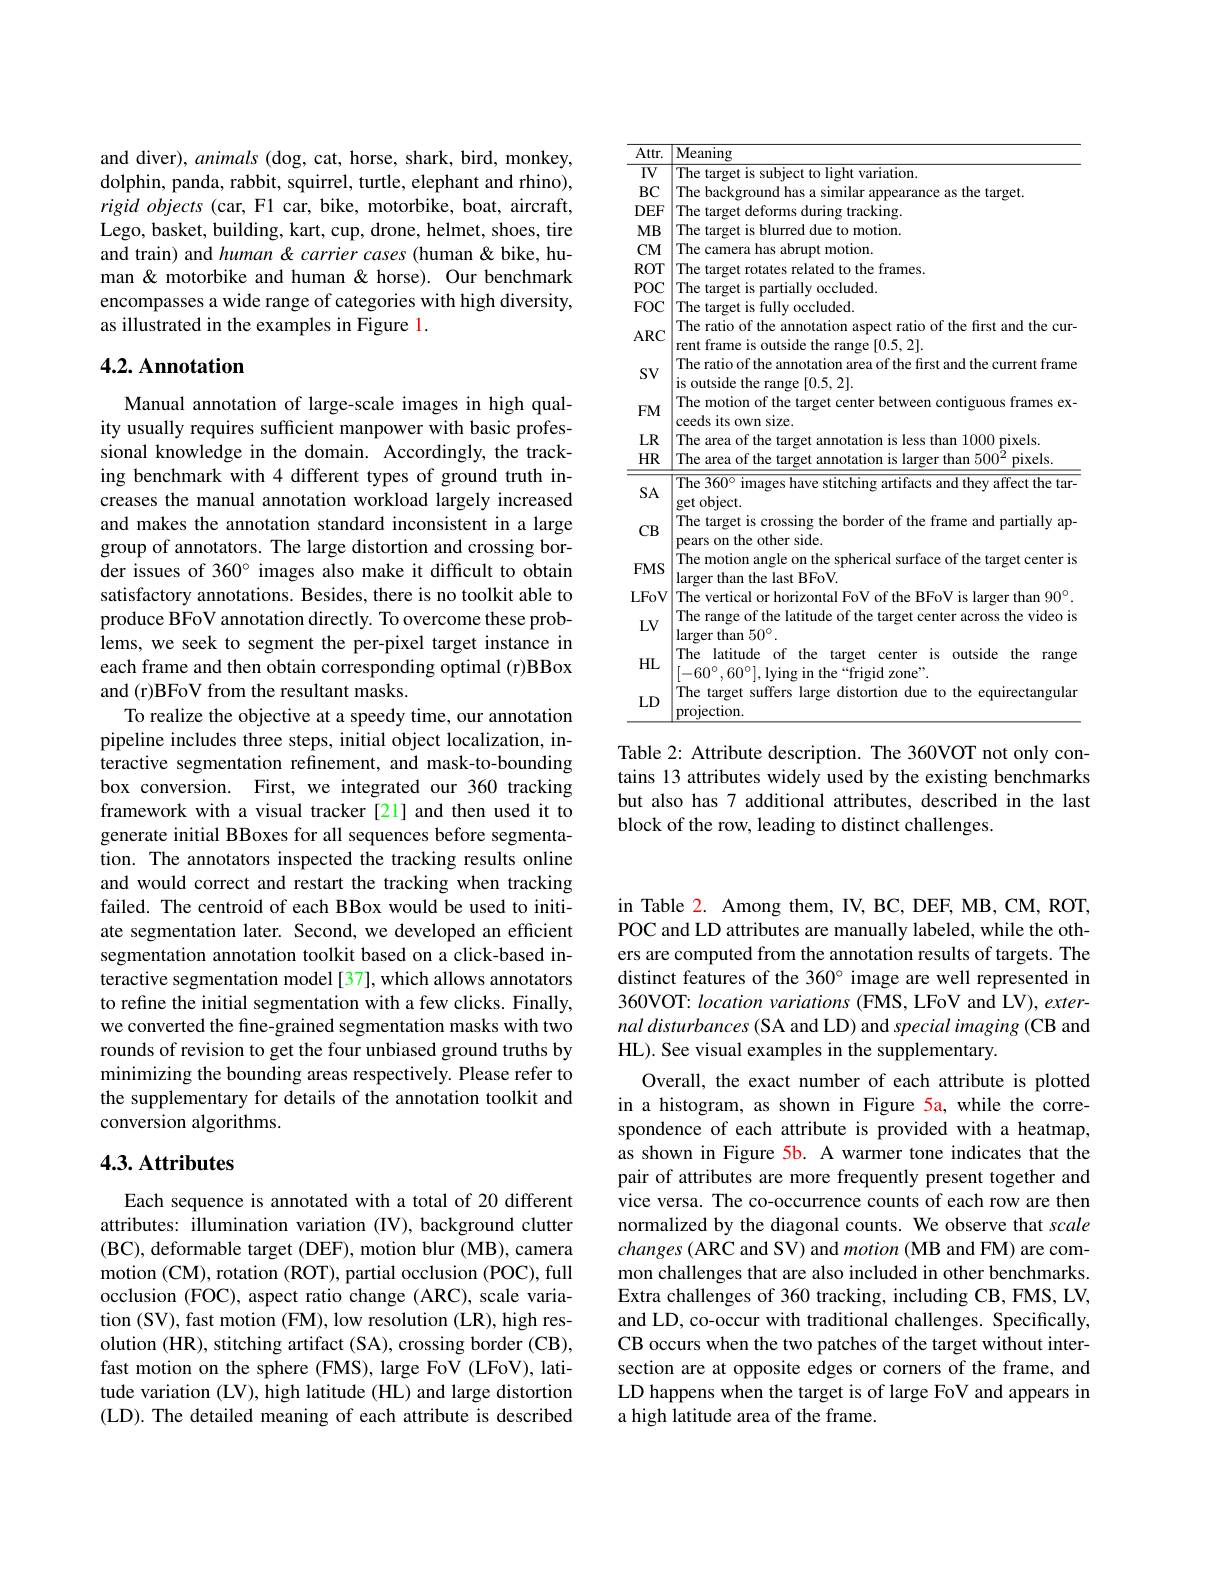
and diver), animals (dog, cat, horse, shark, bird, monkey, dolphin, panda, rabbit, squirrel, turtle, elephant and rhino), $rigidobjects~(car,~F1~car,~bike,~motorbike,~boat,~aircraft$, Lego, basket, building, kart, cup, drone, helmet, shoes, tire and train) and human & carrier cases (human & bike, human& motorbike and human& horse). Our benchmark encompasses a wide range of categories with high diversity, as illustrated in the examples in Figure 1.

## 4.2. Annotation

Manual annotation of large-scale images in high quality usually requires sufficient manpower with basic professional knowledge in the domain. Accordingly, the tracking benchmark with 4 different types of ground truth increases the manual annotation workload largely increased and makes the annotation standard inconsistent in a large group of annotators. The large distortion and crossing border issues of 360° images also make it difficult to obtain satisfactory annotations. Besides, there is no toolkit able to produce BFoV annotation directly. To overcome these problems, we seek to segment the per-pixel target instance in each frame and then obtain corresponding optimal (r)BBox and (r)BFoV from the resultant masks.
To realize the objective at a speedy time, our annotation pipeline includes three steps, initial object localization, interactive segmentation refinement, and mask-to-bounding box conversion. First, we integrated our 360 tracking framework with a visual tracker [21] and then used it to generate initial BBoxes for all sequences before segmentation. The annotators inspected the tracking results online and would correct and restart the tracking when tracking failed. The centroid of each BBox would be used to initiate segmentation later. Second, we developed an efficient segmentation annotation toolkit based on a click-based interactive segmentation model [37], which allows annotators to refine the initial segmentation with a few clicks. Finally, we converted the fine-grained segmentation masks with two rounds of revision to get the four unbiased ground truths by minimizing the bounding areas respectively. Please refer to the supplementary for details of the annotation toolkit and conversion algorithms.

## 4.3. Attributes

Each sequence is annotated with a total of 20 different attributes: illumination variation (IV), background clutter (BC) , deformable target ( DEF) , motion blur ( MB) , camera motion (CM), rotation (ROT), partial occlusion (POC), full occlusion (FOC), aspect ratio change (ARC), scale variation (SV), fast motion (FM), low resolution (LR), high resolution (HR), stitching artifact (SA), crossing border (CB), fast motion on the sphere (FMS), large FoV (LFoV), latitude variation (LV), high latitude (HL) and large distortion (LD). The detailed meaning of each attribute is described

<table>
	<tbody>
		<tr>
			<th>$Attr.$</th>
			<th>$\overline{\mathrm{Meaning}}$</th>
		</tr>
		<tr>
			<td>$IV$</td>
			<td>The targ variation</td>
		</tr>
		<tr>
			<td>$BC$</td>
			<td>1m11 ptaroet</td>
		</tr>
		<tr>
			<td>$DEF$</td>
			<td>tracking $=12\boldsymbol{r}$</td>
		</tr>
		<tr>
			<td>$MB$</td>
			<td>motion</td>
		</tr>
		<tr>
			<td>$CM1$</td>
			<td>t motion. $\angle CAmE$</td>
		</tr>
		<tr>
			<td>$ROT$</td>
			<td>frames</td>
		</tr>
		<tr>
			<td>$POC$</td>
			<td>occluded far</td>
		</tr>
		<tr>
			<td>$FOC$</td>
			<td>occluded. staroet 15 fill</td>
		</tr>
		<tr>
			<td>$ARC$</td>
			<td>The ratio of the annotation aspect ratio of the first and the cur rent frame is outside the range [0.5,2].</td>
		</tr>
		<tr>
			<td>$SV$</td>
			<td>JI LIIC e annotation a liu trie frame is outside the range [0.5,2].</td>
		</tr>
		<tr>
			<td>$FM$</td>
			<td>The motion of the target center between contiguous frames ex 'e</td>
		</tr>
		<tr>
			<td>$LR$</td>
			<td>nirels</td>
		</tr>
		<tr>
			<td>$HR$</td>
			<td>The area of the target annotation is larger than $500^{2}$ $pixels.$ $\therefore\angle AC=\angle AC$</td>
		</tr>
		<tr>
			<td>SA</td>
			<td>The 360° images have stitching artifacts and they affect the tar get object.</td>
		</tr>
		<tr>
			<td>$CB$</td>
			<td>get Is clos $df$ pears on the other side.</td>
		</tr>
		<tr>
			<td>$FMS$</td>
			<td>12 larger than the last BFoV.</td>
		</tr>
		<tr>
			<td>LFoV</td>
			<td>The vertical or horizontal FoV of the BFoV is larger than $90^{\circ}$</td>
		</tr>
		<tr>
			<td>$LV$</td>
			<td>Ihe rang OT ORE 118 larger than $50^{\circ}.$</td>
		</tr>
		<tr>
			<td>$HL$</td>
			<td>The latitude of the target center is $\frac{1}{2}$ outside the range $[-60^{\circ},60^{\circ}]$,lying in the“frigid zone”.</td>
		</tr>
		<tr>
			<td>$LD$</td>
			<td>The target suffers large distortion due to the equirectangulan projection.</td>
		</tr>
	</tbody>
</table>

Table 2: Attribute description. The 360VOT not only contains 13 attributes widely used by the existing benchmarks but also has 7 additional attributes, described in the last block of the row, leading to distinct challenges.

in Table 2. Among them, IV, BC, DEF, MB, CM, ROT, POC and LD attributes are manually labeled, while the others are computed from the annotation results of targets. The distinct features of the 360° image are well represented in 360VOT: location variations (FMS, LFoV and LV), exter- $nal\textit{ disturbances ( SA and LD) and special imaging ( CB and}$ HL). See visual examples in the supplementary.
Overall, the exact number of each attribute is plotted in a histogram, as shown in Figure 5a, while the correspondence of each attribute is provided with a heatmap, as shown in Figure 5b. A warmer tone indicates that the pair of attributes are more frequently present together and vice versa. The co-occurrence counts of each row are then normalized by the diagonal counts. We observe that scale $changes\left(\mathrm{ARC~and~SV}\right)$and motion (MB and FM) are common challenges that are also included in other benchmarks. Extra challenges of 360 tracking, including CB, FMS, LV, and LD, co-occur with traditional challenges. Specifically, CB occurs when the two patches of the target without intersection are at opposite edges or corners of the frame, and LD happens when the target is of large FoV and appears in a high latitude area of the frame.